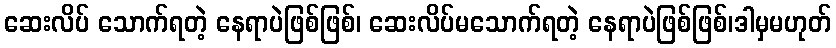
ဆေးလိပ် သောက်ရတဲ့ နေရာပဲဖြစ်ဖြစ်၊ ဆေးလိပ်မသောက်ရတဲ့ နေရာပဲဖြစ်ဖြစ်၊ဒါမှမဟုတ်